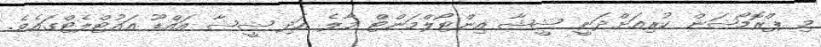
މި ޕްރޮމޯޝަން ކުރިއަށްދަނީ ޝީޝާ އިންޓޯލްމަންޓް މާލެ އަދި ޝީޝާ އައްޑޫ އައުޓްލެޓްގައެވެ.